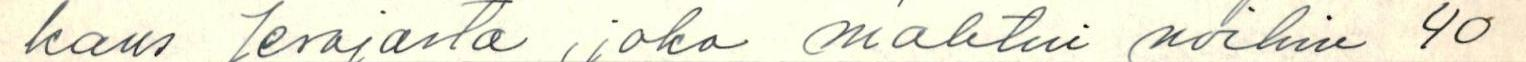
kaus Jesajasta, joka mahtui noihin 40